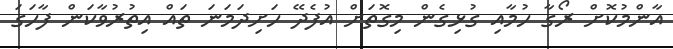
އާންމުކޮށް ރޯގާ ހުމާއި ގުޅިގެން މިގޮތަށް އުފެދޭ ހަށިދަމަނަ ތައް އިތުރުވާކަން ފާހަގަ